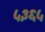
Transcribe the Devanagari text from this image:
५३६५